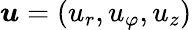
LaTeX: \boldsymbol{u}=(u_{r},u_{\varphi},u_{z})